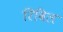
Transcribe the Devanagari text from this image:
रिविल